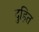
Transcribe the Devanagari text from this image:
दुहित